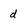
Character: d